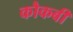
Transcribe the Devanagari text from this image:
कौकबी